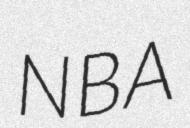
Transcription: NBA